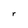
Character: r